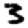
Digit: 3